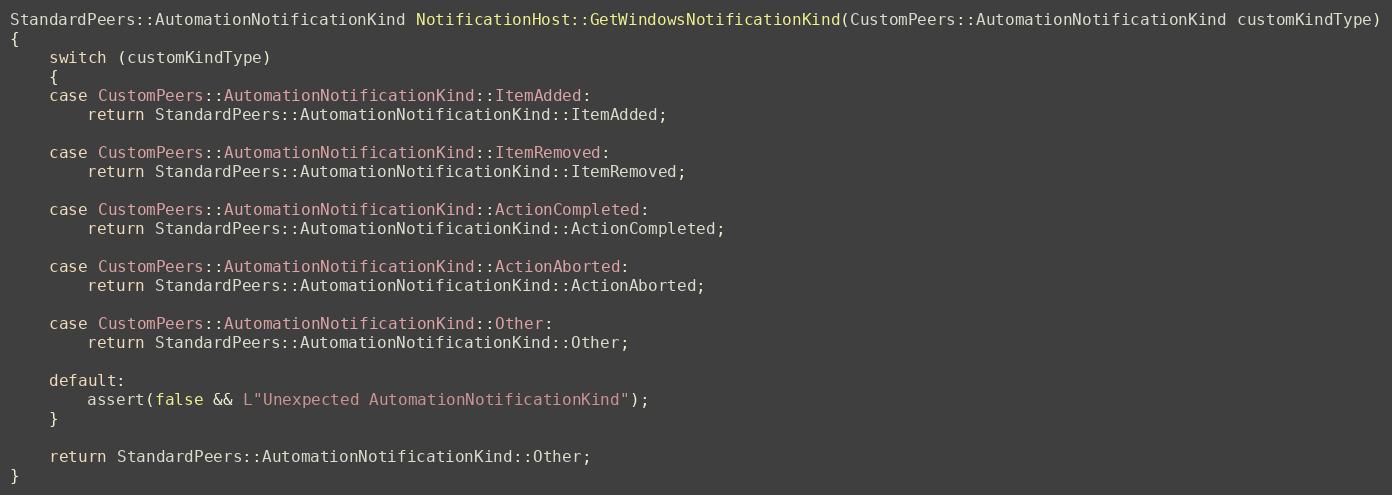
Language: C++
StandardPeers::AutomationNotificationKind NotificationHost::GetWindowsNotificationKind(CustomPeers::AutomationNotificationKind customKindType)
{
    switch (customKindType)
    {
    case CustomPeers::AutomationNotificationKind::ItemAdded:
        return StandardPeers::AutomationNotificationKind::ItemAdded;

    case CustomPeers::AutomationNotificationKind::ItemRemoved:
        return StandardPeers::AutomationNotificationKind::ItemRemoved;

    case CustomPeers::AutomationNotificationKind::ActionCompleted:
        return StandardPeers::AutomationNotificationKind::ActionCompleted;

    case CustomPeers::AutomationNotificationKind::ActionAborted:
        return StandardPeers::AutomationNotificationKind::ActionAborted;

    case CustomPeers::AutomationNotificationKind::Other:
        return StandardPeers::AutomationNotificationKind::Other;

    default:
        assert(false && L"Unexpected AutomationNotificationKind");
    }

    return StandardPeers::AutomationNotificationKind::Other;
}